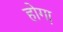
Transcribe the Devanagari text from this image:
होगा़